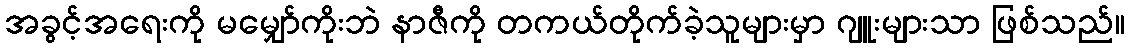
အခွင့်အရေးကို မမျှော်ကိုးဘဲ နာဇီကို တကယ်တိုက်ခဲ့သူများမှာ ဂျူးများသာ ဖြစ်သည်။